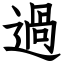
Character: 過